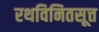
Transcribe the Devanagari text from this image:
रथविनितसूत्त